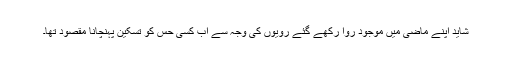
شاید اپنے ماضی میں موجود روا رکھے گئے رویوں کی وجہ سے اب کسی حس کو تسکین پہنچانا مقصود تھا۔